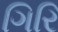
ગિરિ